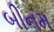
બીનમ